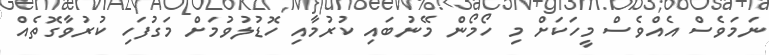
ނަމަވެސް އެއްވެސް މީހަކަށް މި ހޯމޯން މޭނުބައި ކުރުމާއި ހޮޑުލުވުމަށް މަގުފަހި ކުރުވާގޮތެއް